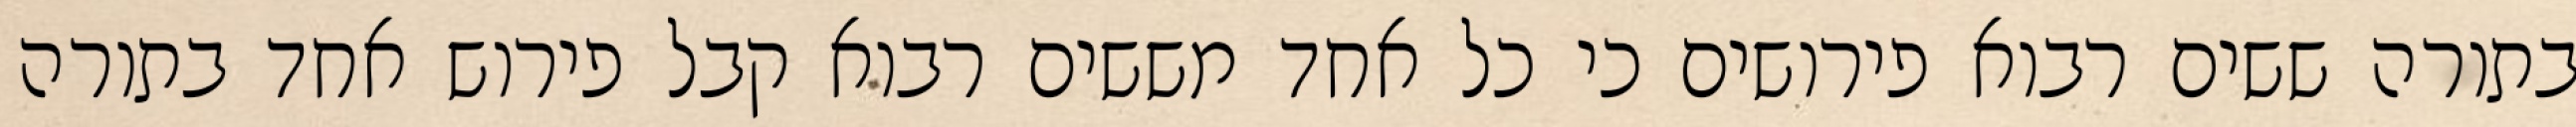
בתורה ששים רבוא פירושים כי כל אחד מששים רבוא קבל פירוש אחד בתורה